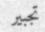
تجبير